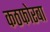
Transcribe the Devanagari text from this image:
कठफोरबा